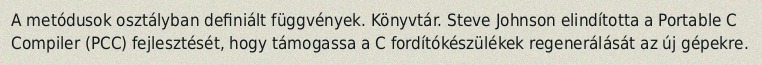
A metódusok osztályban definiált függvények. Könyvtár. Steve Johnson elindította a Portable C Compiler (PCC) fejlesztését, hogy támogassa a C fordítókészülékek regenerálását az új gépekre.